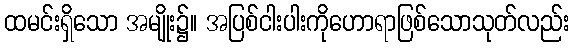
ထမင်းရှိသော အမျိုး၌။ အပြစ်ငါးပါးကိုဟောရာဖြစ်သောသုတ်လည်း